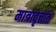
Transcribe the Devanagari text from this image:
मात्रावृत्तांत